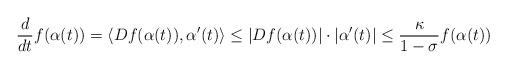
LaTeX: \begin{align*}\frac{d}{dt} f(\alpha(t)) = \langle Df(\alpha(t)), \alpha'(t) \rangle \le |Df (\alpha(t))| \cdot |\alpha'(t)| \le \frac{\kappa}{1-\sigma} f(\alpha(t))\end{align*}